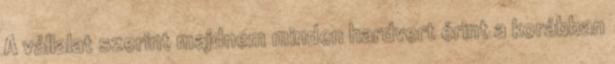
A vállalat szerint majdnem minden hardvert érint a korábban